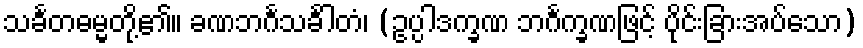
သင်္ခတဓမ္မတို့၏။ ခဏဘင်္ဂသင်္ခါတံ၊ (ဥပ္ပါဒက္ခဏ ဘင်္ဂက္ခဏဖြင့် ပိုင်းခြားအပ်သော)